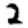
Digit: 2